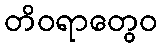
တိဝရာတွေဝ